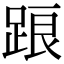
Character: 踉